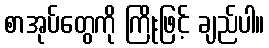
စာအုပ်တွေကို ကြိုးဖြင့် ချည်ပါ။